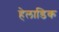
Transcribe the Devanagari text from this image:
हेलाडिक